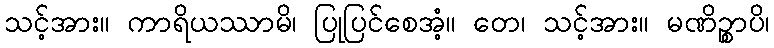
သင့်အား။ ကာရိယဿာမိ၊ ပြုပြင်စေအံ့။ တေ၊ သင့်အား။ မဏိဉ္စာပိ၊